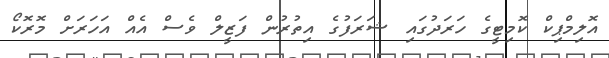
އޮލިމްޕިކް ކޮމިޓީގެ ހަރަދުގައި ޝަރަފުގެ އިތުރުން ފަޒީލް ވެސް އެއް އަހަރަށް މޮރޮކޯ